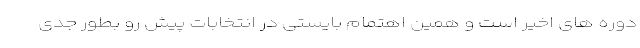
دوره های اخیر است و همین اهتمام بایستی در انتخابات پیش رو بطور جدی